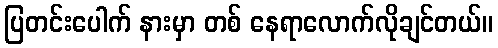
ပြတင်းပေါက် နားမှာ တစ် နေရာလောက်လိုချင်တယ်။